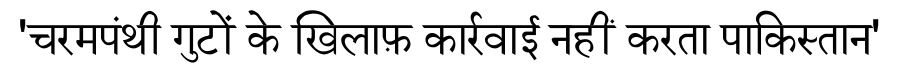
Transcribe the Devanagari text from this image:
'चरमपंथी गुटों के खिलाफ़ कार्रवाई नहीं करता पाकिस्तान'